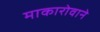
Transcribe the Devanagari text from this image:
माकारोवाने